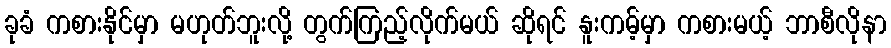
ခုခံ ကစားနိုင်မှာ မဟုတ်ဘူးလို့ တွက်ကြည့်လိုက်မယ် ဆိုရင် နူးကမ့်မှာ ကစားမယ့် ဘာစီလိုနာ